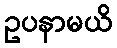
ဥပနာမယိ